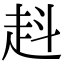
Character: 﨣